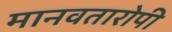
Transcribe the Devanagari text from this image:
मानवतारोपी